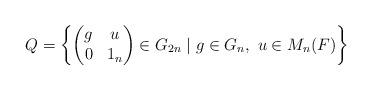
LaTeX: \begin{align*}Q=\left\{\begin{pmatrix}g&u\\0&1_n\end{pmatrix}\in G_{2n}\mid g\in G_{n},\ u\in M_{n}(F)\right\}\end{align*}